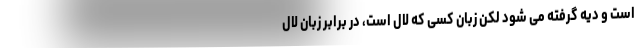
است و دیه گرفته می شود لکن زبان کسی که لال است، در برابر زبان لال